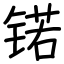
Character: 锘